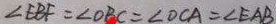
\angle E B F = \angle O C A = \angle O B C = \angle E A B